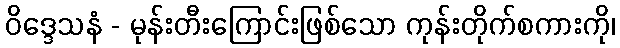
ဝိဒ္ဒေသနံ - မုန်းတီးကြောင်းဖြစ်သော ကုန်းတိုက်စကားကို၊